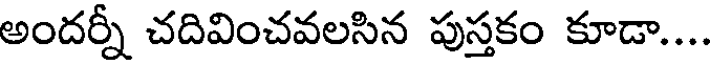
అందర్నీ చదివించవలసిన పుస్తకం కూడా...